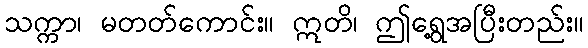
သက္ကာ၊ မတတ်ကောင်း။ ဣတိ၊ ဤရွေ့အပြီးတည်း။